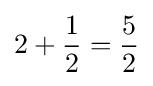
2+{1 \over 2}={5 \over 2}